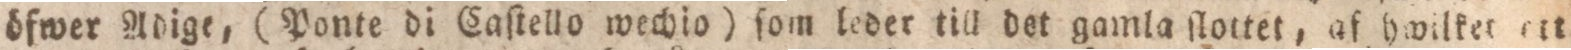
öfwer Adige, (Ponte di Caſtello wechio) ſom leder till det gamla ſlottet, af hwilket ett